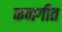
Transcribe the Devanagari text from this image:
कनगीत